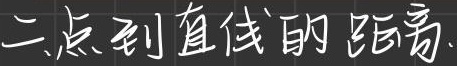
二、点到直线的距离